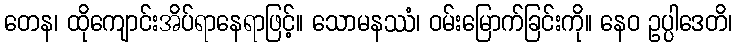
တေန၊ ထိုကျောင်းအိပ်ရာနေရာဖြင့်။ သောမနဿံ၊ ဝမ်းမြောက်ခြင်းကို။ နေဝ ဥပ္ပါဒေတိ၊